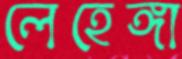
লেহেঙ্গা